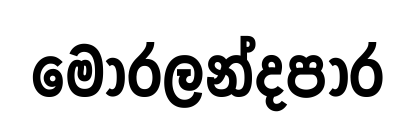
මොරලන්දපාර